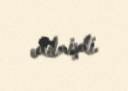
edilmişdi.